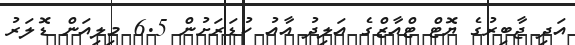
އަދި ޖާބިރުގެ ޔޮޓް ޓްއާޒްގެ އަލިދު އާއު ކުޑަރަށުން 6.5 މިލިއަން ޑޮލަރު